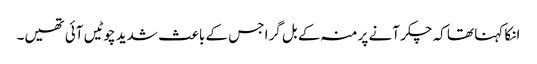
انکا کہنا تھا کہ چکر آنے پر منہ کے بل گرا جس کے باعث شدید چوٹیں آئی تھیں۔